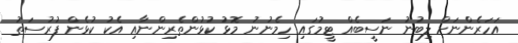
އަހަރެންނަށް ލިބުނު ނަސީބެއް ޓީމުގައި ހިމެނުނު މޮޅު ކުޅުންތެރިންނާއި އެކު ކުޅެން ފުރުސަތު